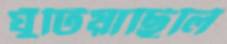
ঘুঁটিয়াছিলি